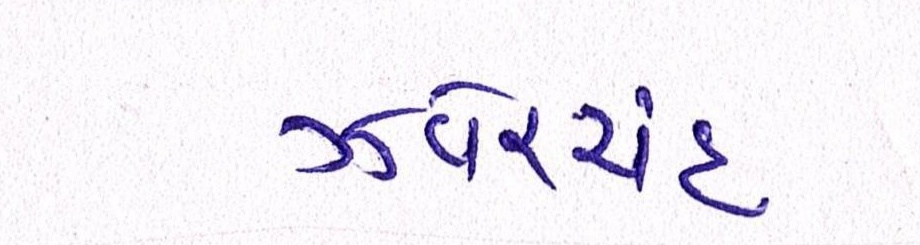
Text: ઝવેરચંદ